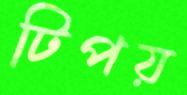
টিপয়